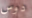
دوس